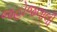
જહોજલાલી